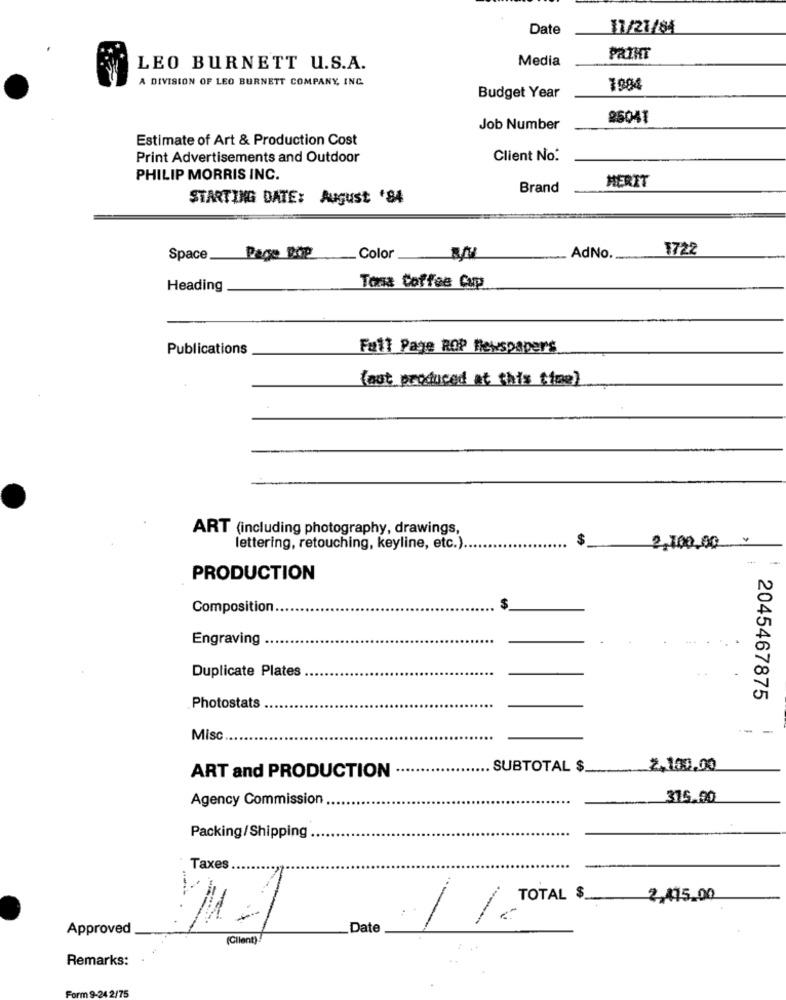
Date
11/21/84
Media
PAIHT
LEO BURNETT U.S.A.
A DIVISION OF LEO BURNETT COMPANY, INC.
1984
Budget Year
85041
Job Number
Estimate of Art & Production Cost
Print Advertisements and Outdoor
Client No.
PHILIP MORRIS INC.
Brand
MERIT
STARTING DATE: August '84
1722
Space
Page Dop
_ Color .
AdNo
Heading
Toas Coffee Cup.
Publications
Full Page ROP Newspapers
(aut produced at this time)
ART (including photography, drawings,
lettering, retouching, keyline, etc.).
2,100.00
PRODUCTION
Composition
$
Engraving
Duplicate Plates
2045467875
Photostats
---
Misc
SUBTOTAL $
2,100,00
ART and PRODUCTION
Agency Commission
315.00
Packing/Shipping
Taxes
TOTAL $
2.415.00
Approved
Date
1 / TOTAL
(Client)
Remarks:
Form 9-24 2/75